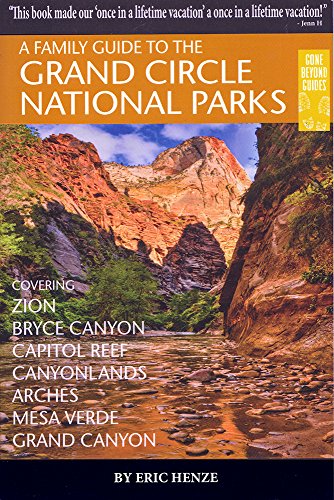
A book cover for A Family Guide to the Grand Circle National Parks: Covering Zion, Bryce Canyon, Capitol Reef, Canyonlands, Arches, Mesa Verde, Grand Canyon; Eric Henze; Travel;